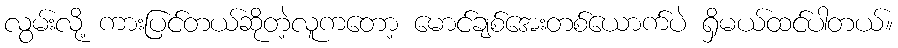
လွမ်းလို့ ကားပြင်တယ်ဆိုတဲ့လူကတော့ မောင်ချစ်အေးတစ်ယောက်ပဲ ရှိမယ်ထင်ပါတယ်။